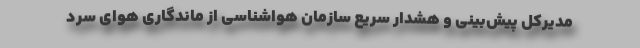
مدیرکل پیش‌بینی و هشدار سریع سازمان هواشناسی از ماندگاری هوای سرد